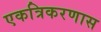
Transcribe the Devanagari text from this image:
एकत्रिकरणास